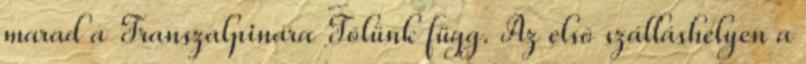
marad a Transzalpinára Tõlünk függ. Az elsõ szálláshelyen a